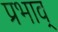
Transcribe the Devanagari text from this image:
प्रभाव्